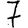
Digit: 7